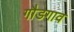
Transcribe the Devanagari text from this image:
गौडगाव